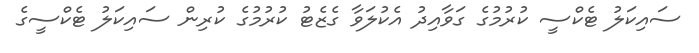
ސައިކަލު ޓެކްސީ ކުރުމުގެ ގަވާއިދު އެކުލަވާ ގެޒެޓު ކުރުމުގެ ކުރިން ސައިކަލު ޓެކްސީގެ